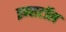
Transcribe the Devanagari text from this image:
इन्सटॉल